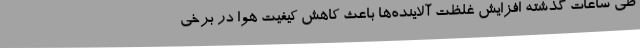
طی ساعات گذشته افزایش غلظت آلاینده‌ها باعث کاهش کیفیت هوا در برخی